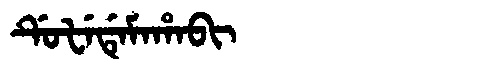
Manchu: ᡩᡠᡶᡝᡩᡝᠮᠠᡥᠠᠪᡳ
Romanization: DUFEDEMAHABI